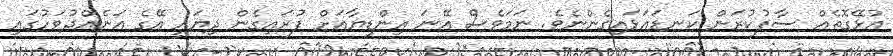
އުޅޭގޮތެއް ސާފުކުރަން ކަނޑައަޅައިގެންނެވެ. ނަމަވެސް އޭނަ އިންޑިޔާއަށް ފުރައިގެން ދިޔައީ އޭގެ އަނެއްދުވަހުގައި